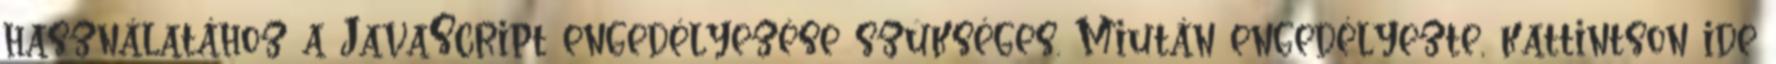
használatához a JavaScript engedélyezése szükséges. Miután engedélyezte, kattintson ide